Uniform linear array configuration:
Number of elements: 24
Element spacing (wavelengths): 0.25
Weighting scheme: binomial
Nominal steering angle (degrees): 60
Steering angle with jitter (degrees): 58.442
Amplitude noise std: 0.05
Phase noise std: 0.05

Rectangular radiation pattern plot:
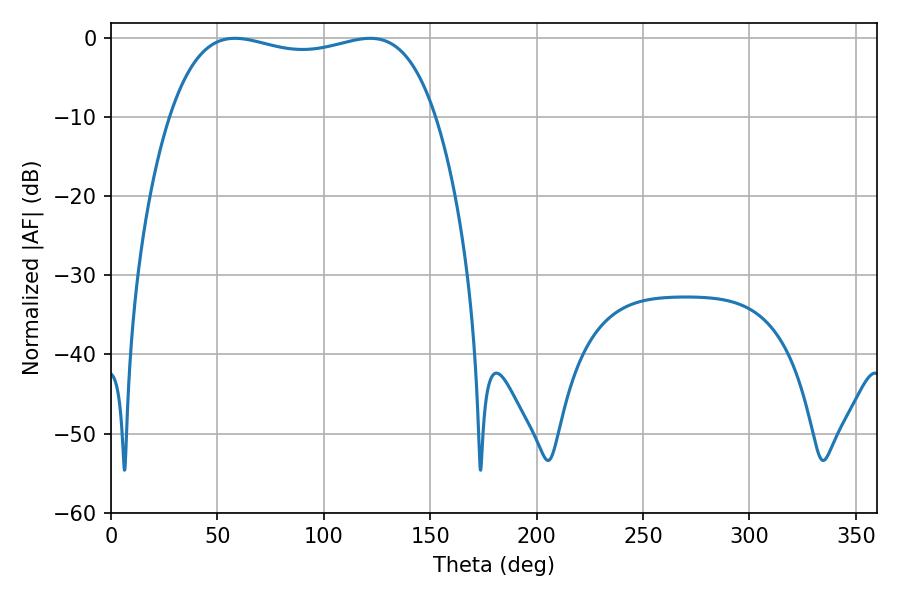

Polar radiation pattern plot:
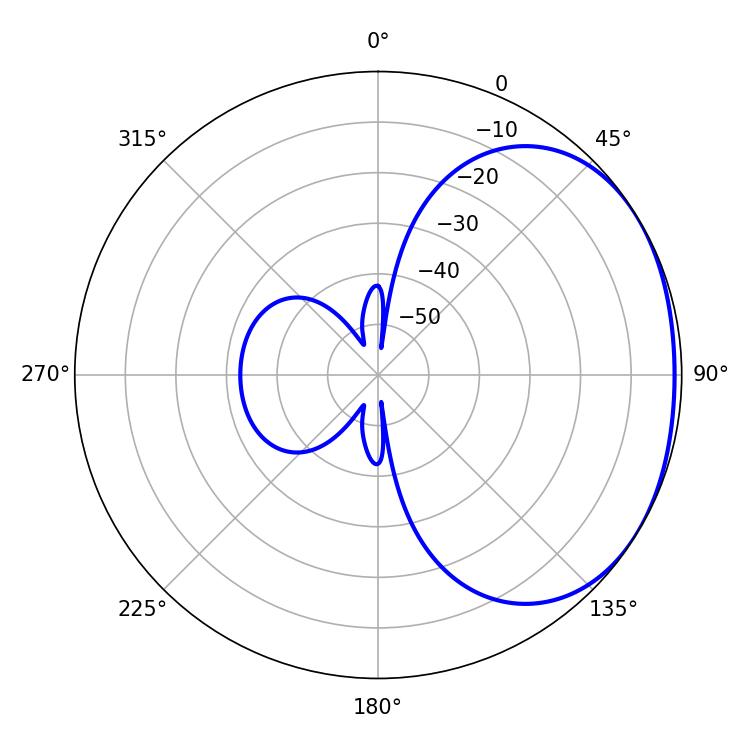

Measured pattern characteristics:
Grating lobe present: FALSE
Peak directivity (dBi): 1.633
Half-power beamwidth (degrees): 101.16
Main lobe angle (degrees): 58.32